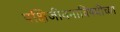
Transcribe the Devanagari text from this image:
पक्षिजीवनाविषयीच्या